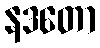
နဒတော